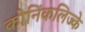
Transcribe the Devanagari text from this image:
कोनिंकलिज्के